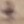
Text: +